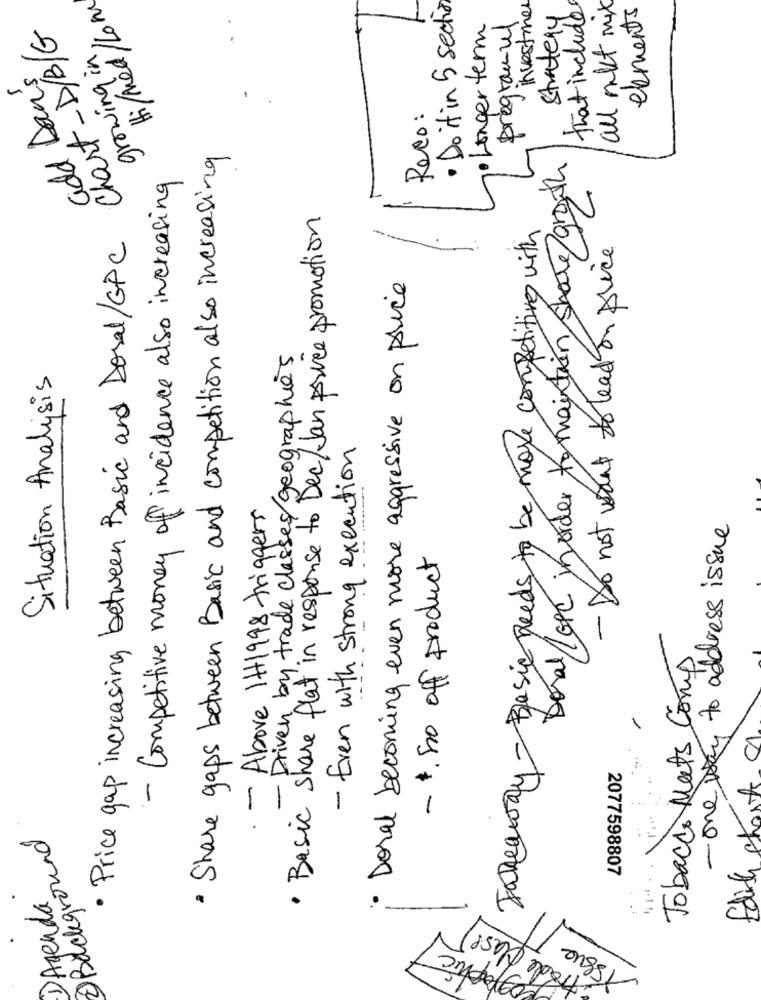
Hi/Med/Low
· Do it in 5 section
investimen
that include
all mit mix
elements
Strategy
Chart-D/B/G
· Longer term
programuel
growing in
add Dan's
Reco:
· Share gaps between Basic and competition also increasing
Doral lon morder to maintain share growth
- Competitive money of incidence also increasing
· Basic share flat in response to Dec/Jan price promotion
Takeaway - Basic needs to be more competitive with
· Price gap increasing between Basic and Dosal/GPC
- Do not want to lead on price
· Doral becoming even more aggressive on price
- Driven by trade classes/geographies
Situation Analysis
- Even with strong execution
· - Above IH1998 triggers
- one way to address issue
- . So off product
Tobacco Nats Comp
fourth charts
2 Background
2077598807
1) Agenda
trade Class
Issue
Lographic